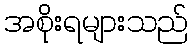
အစိုးရများသည်